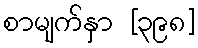
စာမျက်နှာ [၃၉၈]